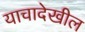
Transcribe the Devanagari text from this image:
याचादेखील